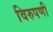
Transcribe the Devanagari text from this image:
विरुपणी